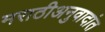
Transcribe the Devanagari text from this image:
मराठीअनुवादांत